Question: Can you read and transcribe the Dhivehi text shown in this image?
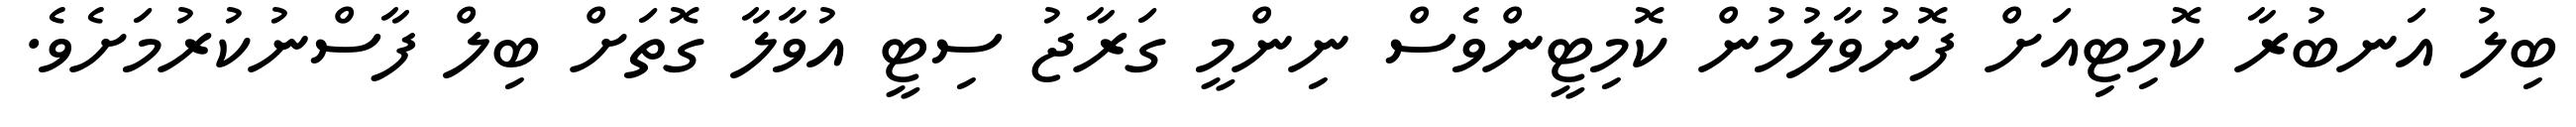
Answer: ބިލު އަނބުރާ ކޮމިޓިއަށް ފޮނުވާލުމުން ކޮމިޓީންވެސް ނިންމީ ގަރާޖު ސިޓީ އުވާލާ ގޮތަށް ބިލް ފާސްނުކުރުމަށެވެ.